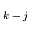
k - j